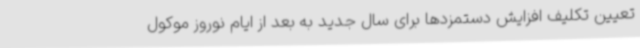
تعیین تکلیف افزایش دستمزدها برای سال جدید به بعد از ایام نوروز موکول